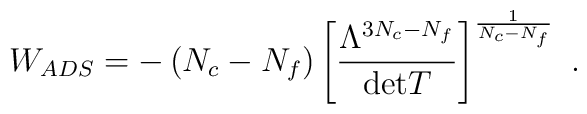
W_{ADS}=-\left(N_c - N_f\right)\left[\frac{\Lambda^{3N_c-N_f}}{{\rm det} T}\right]^{\frac{1}{N_c - N_f}}\ .